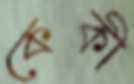
কেকী